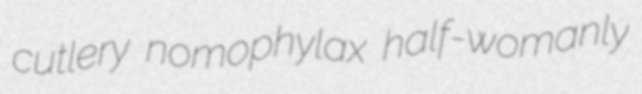
cutlery nomophylax half-womanly